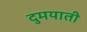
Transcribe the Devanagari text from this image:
दुमयाती